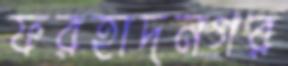
ফরহাদনগর